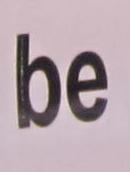
be